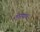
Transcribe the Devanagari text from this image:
तोरणच